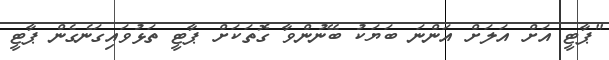
"ޕާޓީ އަށް އަލަށް އަންނަ ބަޔަކު ބޭނުންވާ ގޮތަކަށް ޕާޓީ ތަޅުވައިގަނެގެން ޕާޓީ